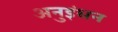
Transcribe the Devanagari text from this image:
अनुइंधन